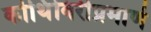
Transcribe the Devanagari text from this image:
कोथिंबिरीप्रमाणे